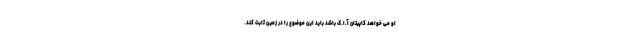
او می خواهد کاپیتان آ.ا.ک باشد باید این موضوع را در زمین ثابت کند.